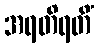
အရတိရတိံ